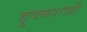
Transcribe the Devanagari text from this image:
हुक्मशाही